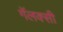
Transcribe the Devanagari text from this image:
गॅलक्सी